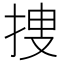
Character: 捜